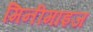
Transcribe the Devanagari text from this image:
मिनीमाइज